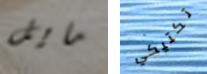
مايل تكتيكي